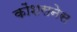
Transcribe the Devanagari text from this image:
कोंशसनेस